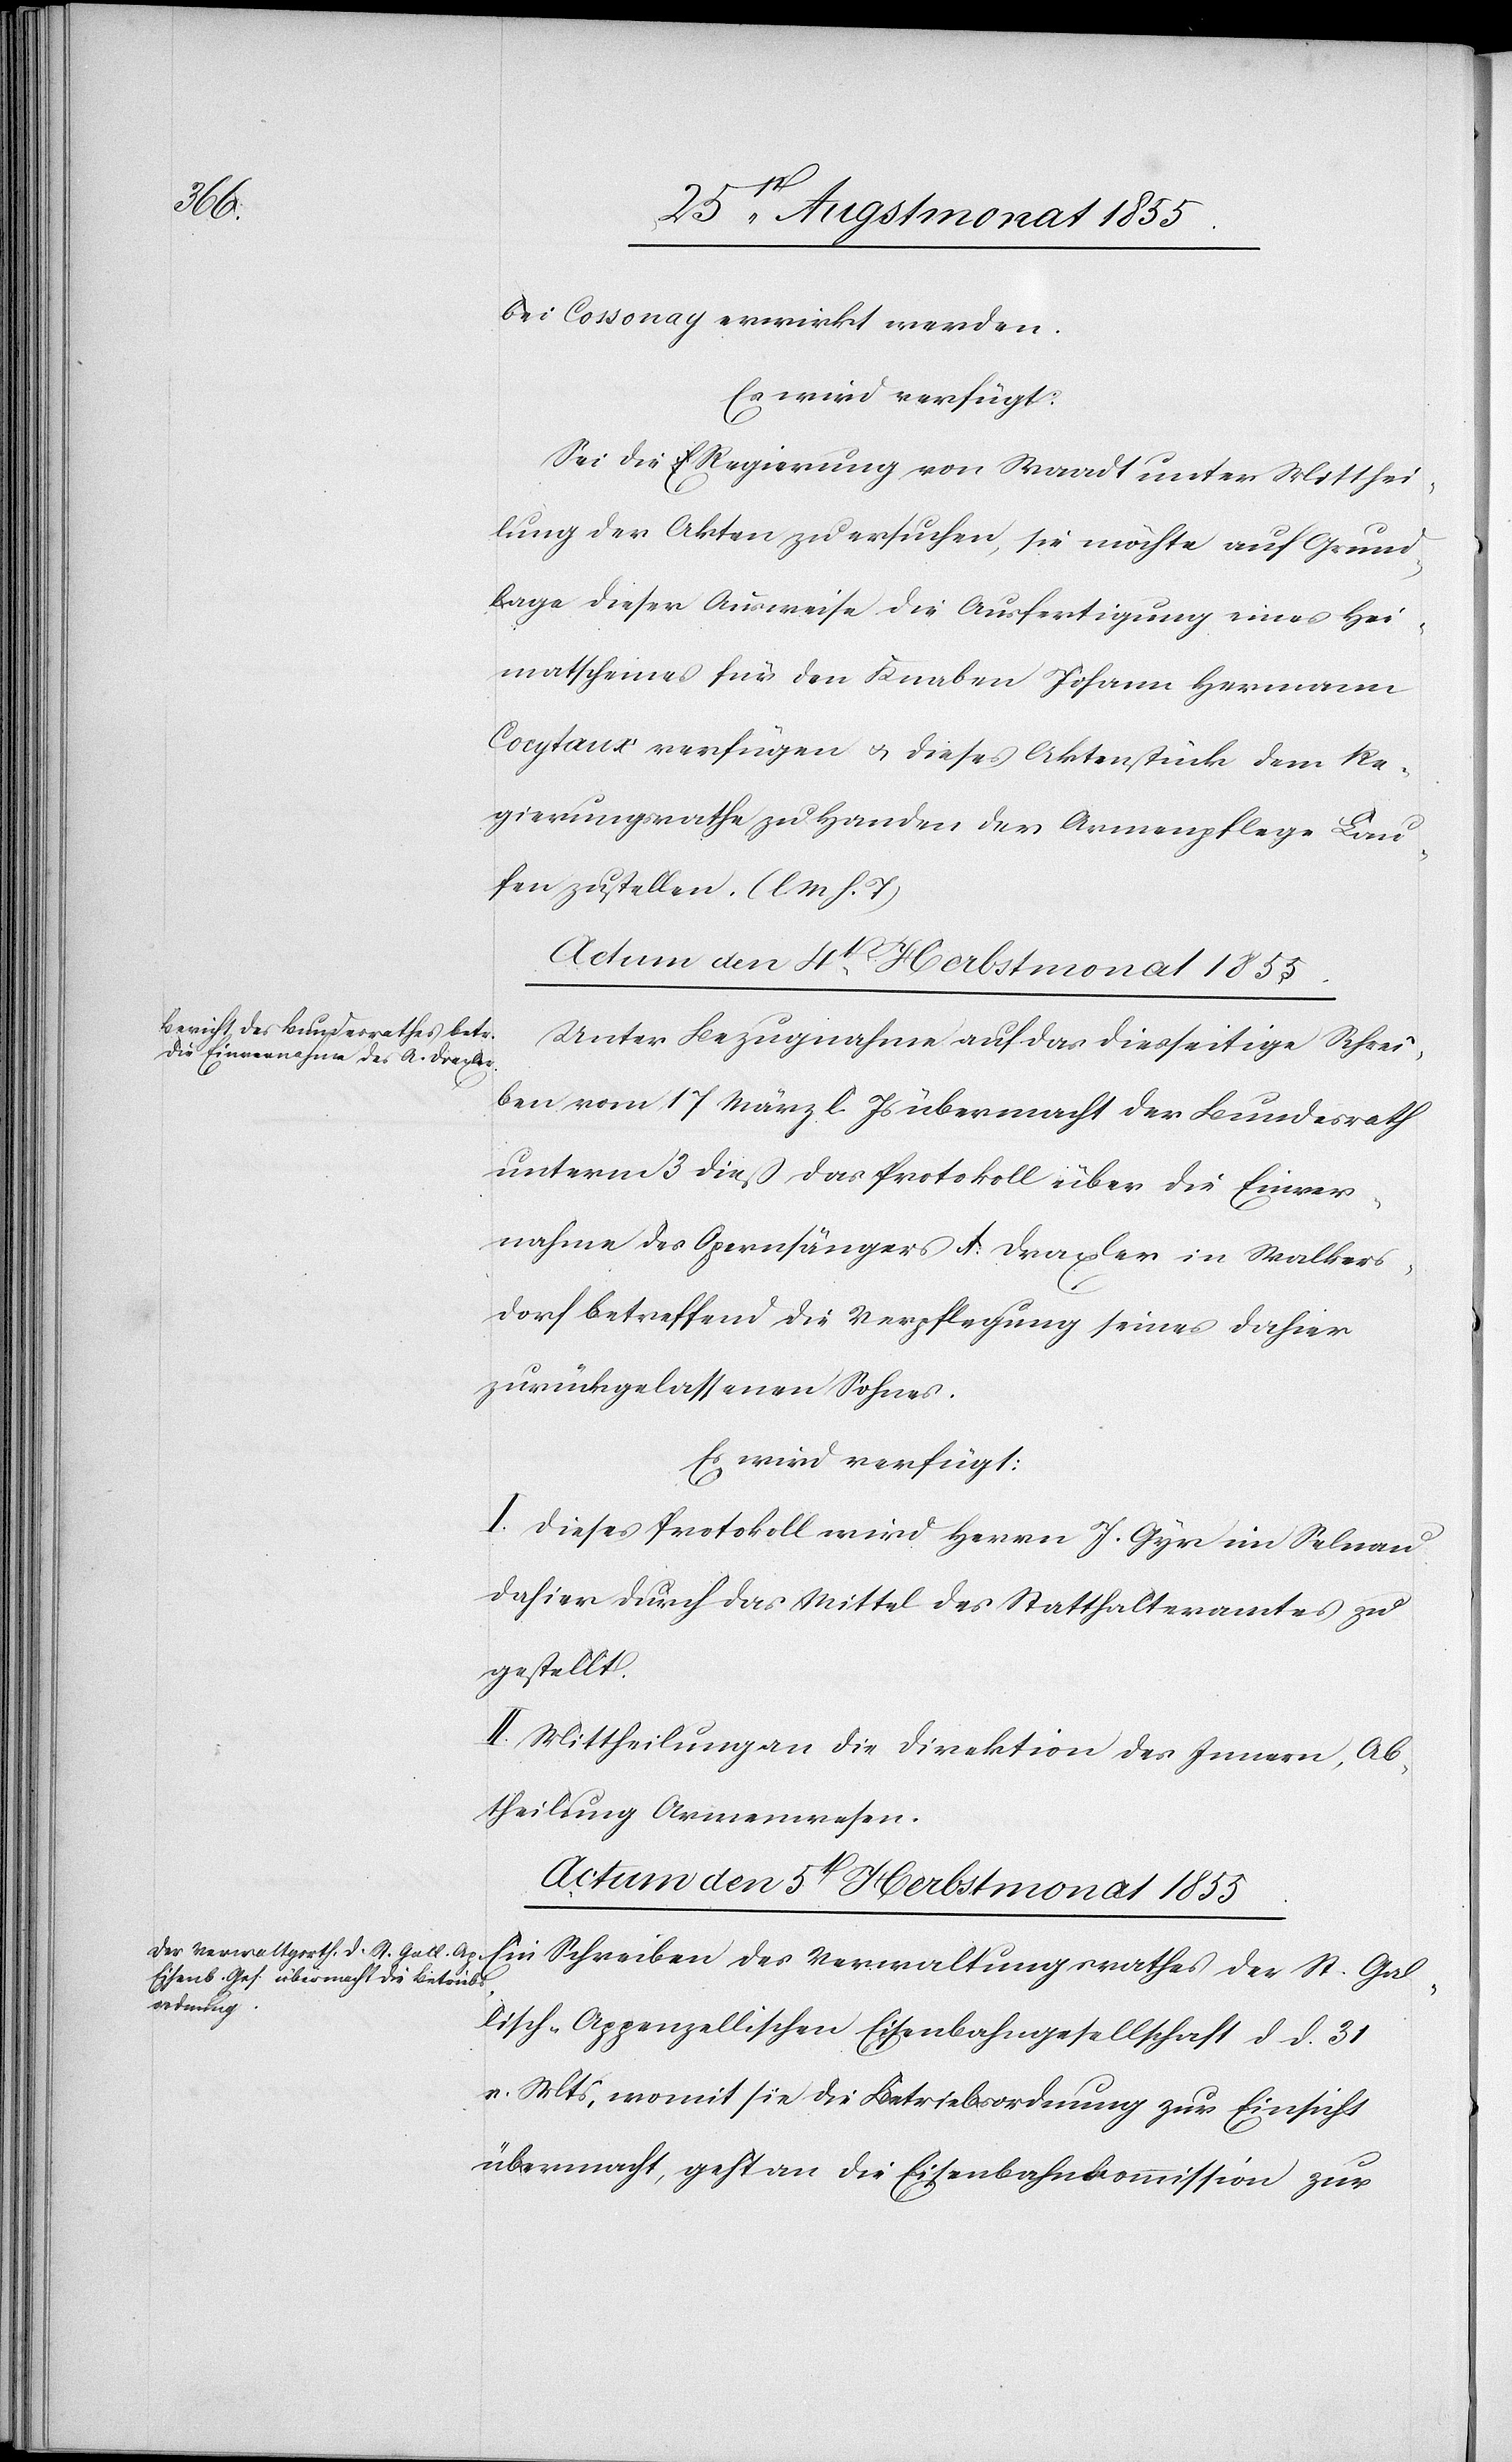
bei Cossonay erwirkt werden.
Es wird verfügt:
Sei die a-E-a Regierung von Waadt unter Mitthei¬
lung der Akten zu ersuchen, sie möchte auf Grund¬
lage dieser Ausweise die Ausfertigung eines Hei¬
matscheines für den Knaben Johann Hermann
Cocytaux verfügen & dieses Aktenstück dem Re¬
gierungsrathe zu Handen der Armenpflege Lau¬
fen zustellen. (l M h. T)
Actum den 4t. Herbstmonat 1855.
Unter Bezugnahme auf das diesseitige Schrei¬
ben vom 17 März l. Js übermacht der Bundesrath
unterm 3 dieß das Protokoll über die Einver¬
nahme des Opernsängers A. Draxler in Walkers¬
dorf betreffend die Verpflegung seines dahier
zurückgelassenen Sohnes.
Es wird verfügt:
I. Dieses Protokoll wird Herrn J. Gyr im Selnau
dahier durch das Mittel des Statthalteramtes zu¬
gestellt.
II. Mittheilung an die Direktion des Innern, Ab¬
theilung Armenwesen.
Actum den 5t Herbstmonat 1855.
Ein Schreiben des Verwaltungsrathes der St. Gal¬
lisch-Appenzellischen Eisenbahngesellschaft d d. 31
v. Mts, womit sie die Betriebsordnung zur Einsicht
übermacht, geht an die Eisenbahnkommission zur